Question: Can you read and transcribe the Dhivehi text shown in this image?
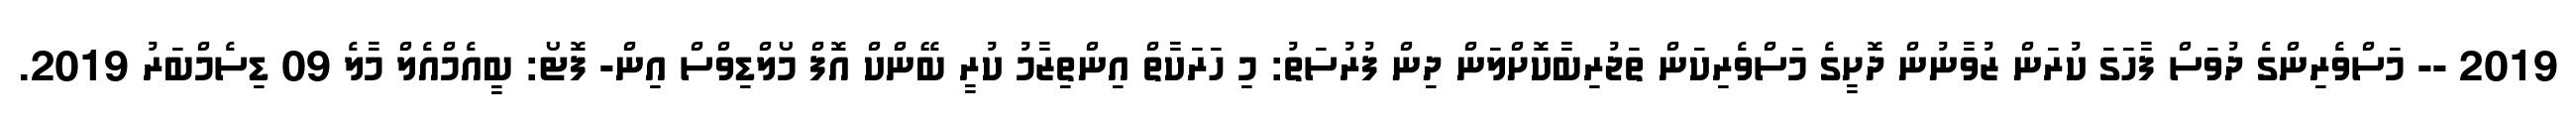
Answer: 2019 -- މަސްވެރިންގެ ދުވަސް ފާހަގަ ކުރަން ޒުވާނުން ދޮށީގެ މަސްވެރިކަން ތަޖުރިބާކޮށްލަން ދިން ފުރުސަތު: މި ހަރަކާތް އިންތިޒާމު ކުރީ ބޭންކް އޮފް މޯލްޑިވްސް އިން- ފޮޓޯ: ބީއެމްއެލް މާލެ 09 ޑިސެމްބަރު 2019.